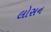
લોસન